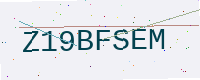
Text: Z19BFSEM